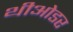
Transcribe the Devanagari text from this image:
थीओडर